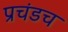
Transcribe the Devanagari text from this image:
प्रचंडच